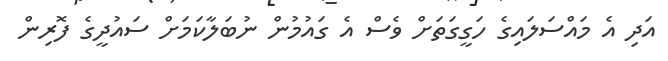
އަދި އެ މައްސަލައިގެ ހަގީގަތަށް ވެސް އެ ގައުމުން ނުބަލާކަމަށް ސައުދީގެ ފޮރިން